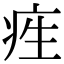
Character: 𤵙